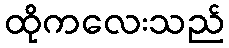
ထိုကလေးသည်